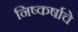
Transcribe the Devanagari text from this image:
निष्कर्षाचे